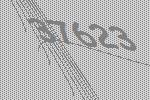
37623